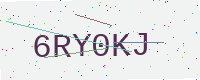
Text: 6RY0KJ